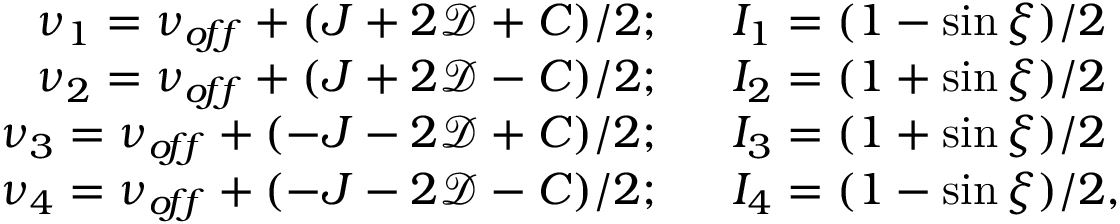
\begin{array} { r l } { \nu _ { 1 } = \nu _ { o \! f \! f } + ( J + 2 \mathcal { D } + C ) / 2 ; } & { ~ ~ I _ { 1 } = ( 1 - \sin \xi ) / 2 } \\ { \nu _ { 2 } = \nu _ { o \! f \! f } + ( J + 2 \mathcal { D } - C ) / 2 ; } & { ~ ~ I _ { 2 } = ( 1 + \sin \xi ) / 2 } \\ { \nu _ { 3 } = \nu _ { o \! f \! f } + ( - J - 2 \mathcal { D } + C ) / 2 ; } & { ~ ~ I _ { 3 } = ( 1 + \sin \xi ) / 2 } \\ { \nu _ { 4 } = \nu _ { o \! f \! f } + ( - J - 2 \mathcal { D } - C ) / 2 ; } & { ~ ~ I _ { 4 } = ( 1 - \sin \xi ) / 2 , } \end{array}